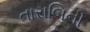
તારાબિની